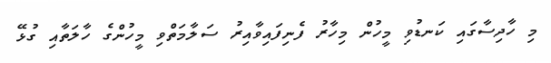
މި ހާދިސާގައި ކަނޑުވި މީހުން މިހާރު ފެނިފައިވާއިރު ސަލާމަތްވި މީހުންގެ ހާލަތާއި ގުޅޭ